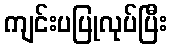
ကျင်းပပြုလုပ်ပြီး